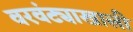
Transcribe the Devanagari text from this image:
वरवंट्याखाली